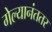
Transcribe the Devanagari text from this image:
गेल्यानंततर